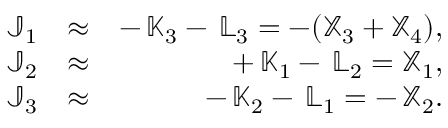
\begin{array} { r l r } { { \mathbb J } _ { 1 } } & { \approx } & { - \, { \mathbb K } _ { 3 } - \, { \mathbb L } _ { 3 } = - ( { \mathbb X } _ { 3 } + { \mathbb X } _ { 4 } ) , } \\ { { \mathbb J } _ { 2 } } & { \approx } & { + \, { \mathbb K } _ { 1 } - \, { \mathbb L } _ { 2 } = { \mathbb X } _ { 1 } , } \\ { { \mathbb J } _ { 3 } } & { \approx } & { - \, { \mathbb K } _ { 2 } - \, { \mathbb L } _ { 1 } = - \, { \mathbb X } _ { 2 } . } \end{array}